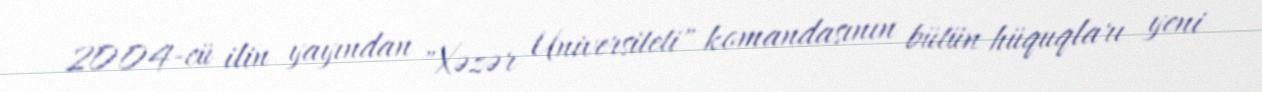
2004-cü ilin yayından "Xəzər Universiteti" komandasının bütün hüquqları yeni